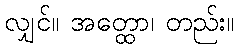
လျှင်။ အတ္ထော၊ တည်း။